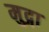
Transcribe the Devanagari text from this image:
मुद्गा